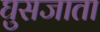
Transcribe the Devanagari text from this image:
घुसजाता